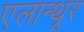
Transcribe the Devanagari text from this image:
एलान्थूर